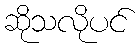
ဆိုသလိုပင်